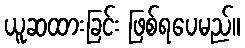
ယူဆထားခြင်း ဖြစ်ရပေမည်။